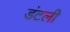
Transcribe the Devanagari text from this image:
डंटली